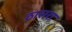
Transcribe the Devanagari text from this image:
ठासरा